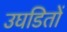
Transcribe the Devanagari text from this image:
उघडितों